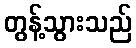
တွန့်သွားသည်